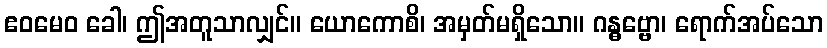
ဧဝမေဝ ခေါ၊ ဤအတူသာလျှင်။ ယောကောစိ၊ အမှတ်မရှိသော။ ဂန္ဓဗ္ဗော၊ ရောက်အပ်သော